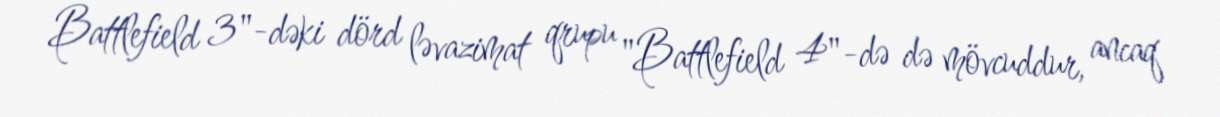
Battlefield 3"-dəki dörd ləvazimat qrupu "Battlefield 4"-də də mövcuddur, ancaq